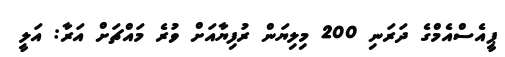
ޕީއެސްއެމްގެ ދަރަނި 200 މިލިޔަން ރުފިޔާއަށް ވުރެ މައްޗަށް އަރާ: އަލީ